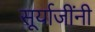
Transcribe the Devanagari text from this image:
सूर्याजींनी